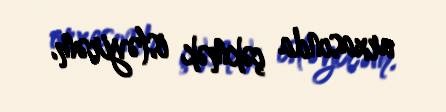
arxasında çəkmək istəyirəm.